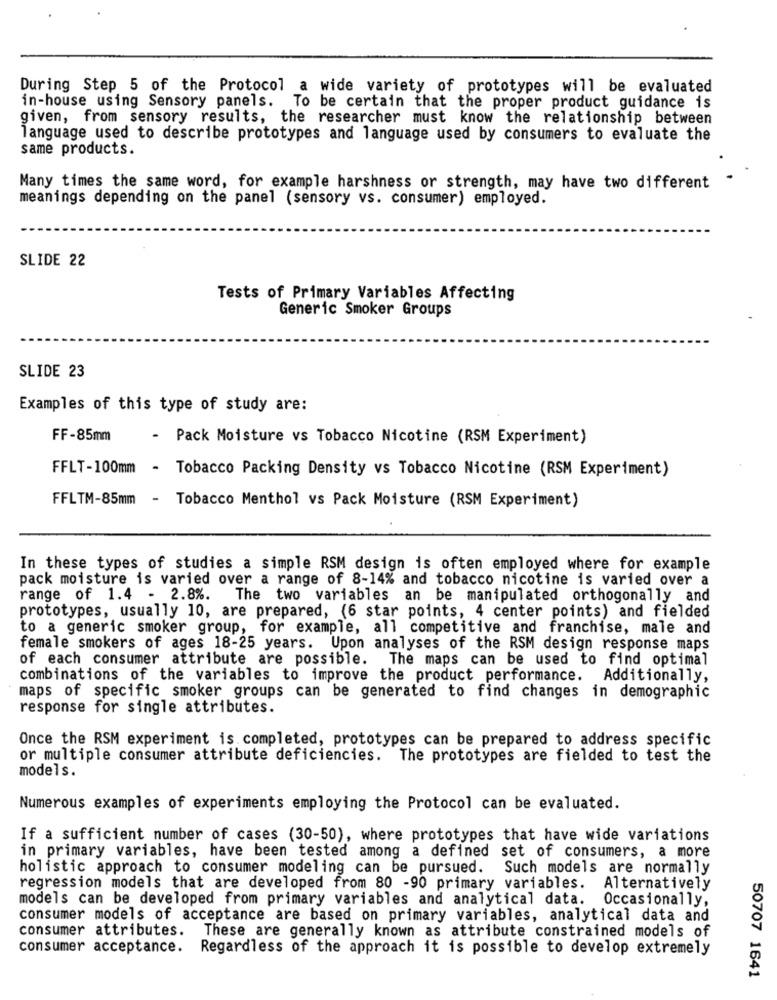
During Step 5 of the Protocol a wide variety of prototypes will be evaluated
in-house using Sensory panels.
To be certain that the proper product guidance is
given, from sensory results, the researcher must know the relationship between
language used to describe prototypes and language used by consumers to evaluate the
same products.
Many times the same word, for example harshness or strength, may have two different
meanings depending on the panel (sensory vs. consumer) employed.
SLIDE 22
Tests of Primary Variables Affecting
Generic Smoker Groups
SLIDE 23
Examples of this type of study are:
FF-85mm
- Pack Moisture vs Tobacco Nicotine (RSM Experiment)
FFLT-100mm - Tobacco Packing Density vs Tobacco Nicotine (RSM Experiment)
FFLTM-85mm - Tobacco Menthol vs Pack Moisture (RSM Experiment)
In these types of studies a simple RSM design is often employed where for example
pack moisture is varied over a range of 8-14% and tobacco nicotine is varied over a
range of 1.4 - 2.8%. The two variables an be manipulated orthogonally and
prototypes, usually 10, are prepared, (6 star points, 4 center points) and fielded
to a generic smoker group, for example, all competitive and franchise, male and
female smokers of ages 18-25 years. Upon analyses of the RSM design response maps
of each consumer attribute are possible. The maps can be used to find optimal
combinations of the variables to improve the product performance. Additionally,
maps of specific smoker groups can be generated to find changes in demographic
response for single attributes.
Once the RSM experiment is completed, prototypes can be prepared to address specific
or multiple consumer attribute deficiencies. The prototypes are fielded to test the
models.
Numerous examples of experiments employing the Protocol can be evaluated.
If a sufficient number of cases (30-50), where prototypes that have wide variations
in primary variables, have been tested among a defined set of consumers, a more
holistic approach to consumer modeling can be pursued. Such models are normally
regression models that are developed from 80 -90 primary variables.
Alternatively
models can be developed from primary variables and analytical data. Occasionally,
consumer models of acceptance are based on primary variables, analytical data and
consumer attributes.
These are generally known as attribute constrained models of
consumer acceptance.
Regardless of the approach it is possible to develop extremely
50707 1641